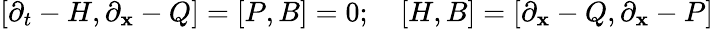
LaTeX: [\partial_{t}-H,\partial_{\mathbf{x}}-Q]=[P,B]=0;\quad[H,B]=[\partial_{\mathbf{x}}-Q,\partial_{\mathbf{x}}-P]